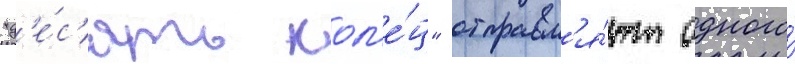
"д'е́с'ять кол'е́ц" отправл'я́ют одного́